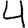
Digit: 4